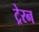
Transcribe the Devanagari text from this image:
ट्रेरन